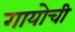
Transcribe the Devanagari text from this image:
गायोची